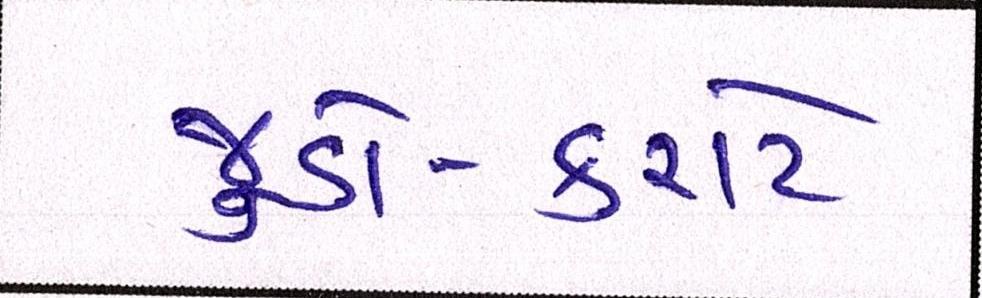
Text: જુડો-કરાટે